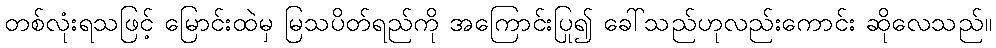
တစ်လုံးရသဖြင့် မြောင်းထဲမှ မြသပိတ်ရည်ကို အကြောင်းပြု၍ ခေါ်သည်ဟုလည်းကောင်း ဆိုလေသည်။